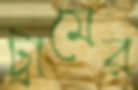
ট্রামের